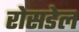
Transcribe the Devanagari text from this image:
रोसडेल